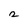
Character: 2